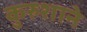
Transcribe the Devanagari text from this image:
कुरुशाने